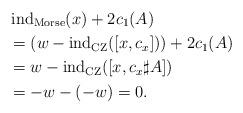
LaTeX: \begin{align*}&\operatorname{ind}_{\mathrm{Morse}}(x)+2c_1(A)\\ &=(w-\operatorname{ind}_{\mathrm{CZ}}([x,c_x]))+2c_1(A)\\ & =w-\operatorname{ind}_{\mathrm{CZ}}([x,c_x\sharp A])\\ & =-w-(-w)=0.\end{align*}